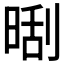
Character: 𣈛